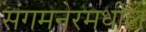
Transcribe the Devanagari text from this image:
संगमनेरमधील